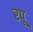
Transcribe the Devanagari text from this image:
रपू